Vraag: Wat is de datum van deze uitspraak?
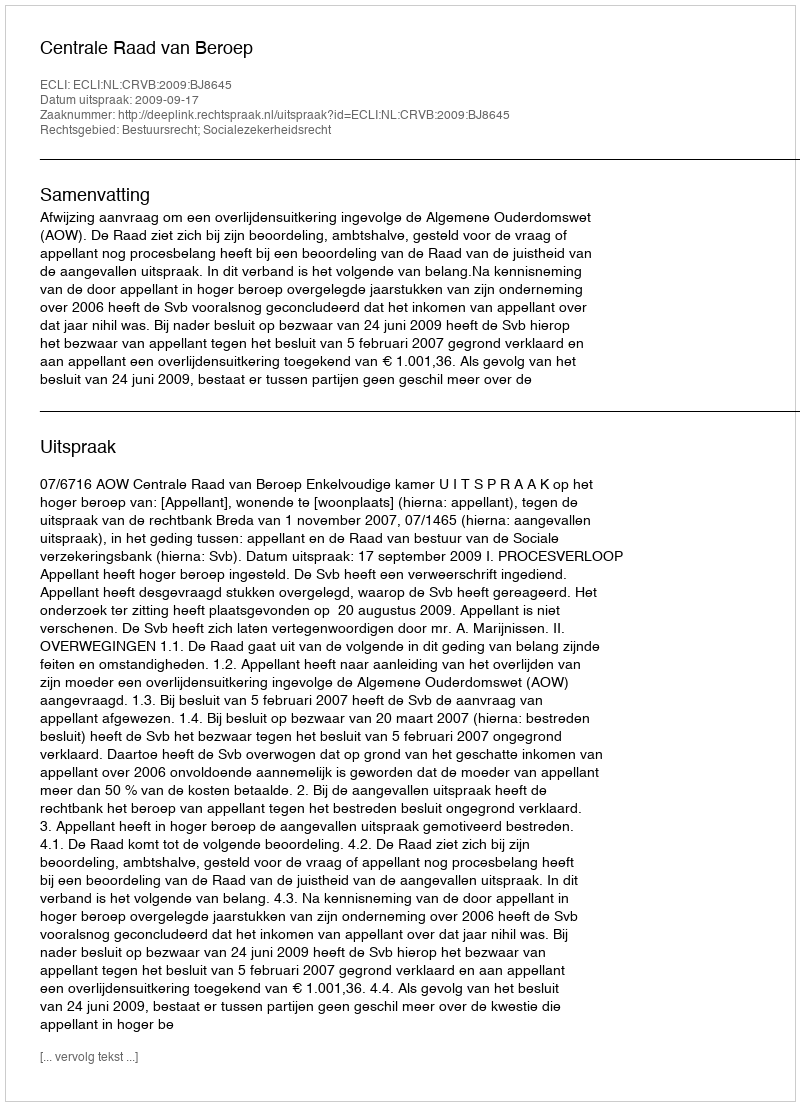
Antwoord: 2009-09-17